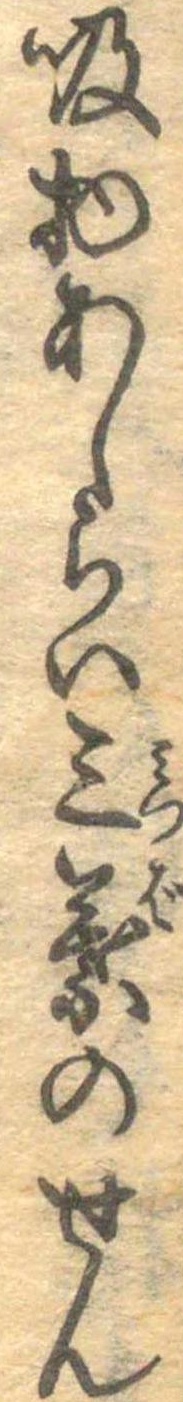
吸物あしらい三葉のせん